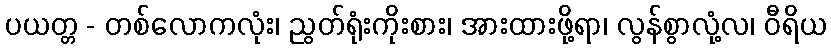
ပယတ္တ - တစ်လောကလုံး၊ ညွတ်ရုံးကိုးစား၊ အားထားဖို့ရာ၊ လွန်စွာလုံ့လ၊ ဝီရိယ